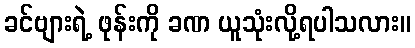
ခင်ဗျားရဲ့ ဖုန်းကို ခဏ ယူသုံးလို့ရပါသလား။